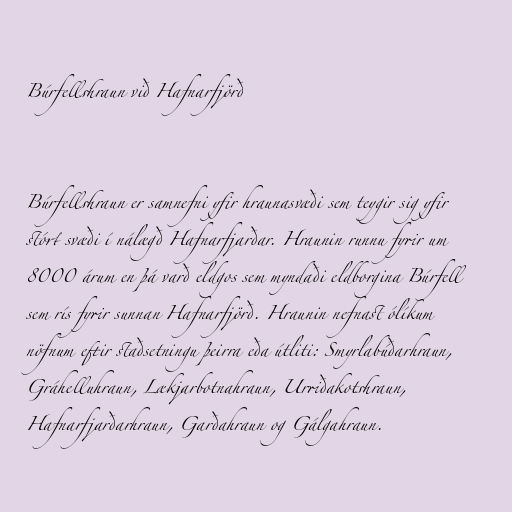
Búrfellshraun við Hafnarfjörð

Búrfellshraun er samnefni yfir hraunasvæði sem teygir sig yfir
stórt svæði í nálægð Hafnarfjarðar. Hraunin runnu fyrir um
8000 árum en þá varð eldgos sem myndaði eldborgina Búrfell
sem rís fyrir sunnan Hafnarfjörð. Hraunin nefnast ólíkum
nöfnum eftir staðsetningu þeirra eða útliti: Smyrlabúðarhraun,
Gráhelluhraun, Lækjarbotnahraun, Urriðakotshraun,
Hafnarfjarðarhraun, Garðahraun og Gálgahraun.